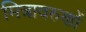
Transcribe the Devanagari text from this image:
मित्रावरुणों